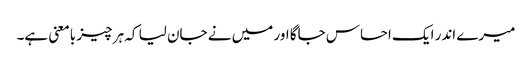
میرے اندر ایک احساس جاگا اور میں نے جان لیا کہ ہر چیز بامعنی ہے۔